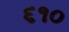
૬૧૦